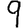
Digit: 9